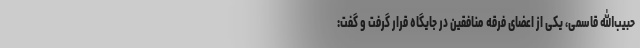
حبیب‌الله قاسمی، یکی از اعضای فرقه منافقین در جایگاه قرار گرفت و گفت: